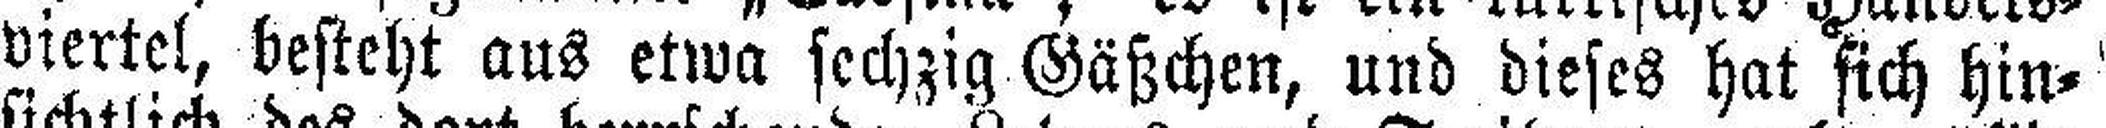
viertel, besteht aus etwa sechzig Gäßchen, und dieses hat sich hin¬